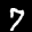
Label: 7